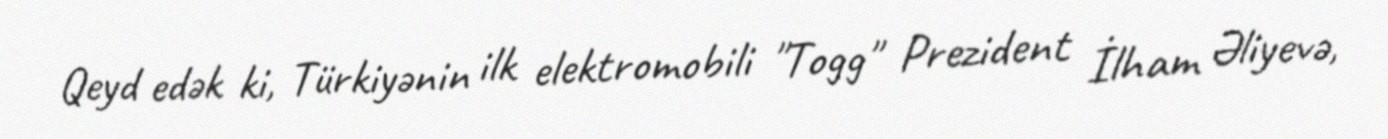
Qeyd edək ki, Türkiyənin ilk elektromobili "Togg" Prezident İlham Əliyevə,